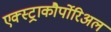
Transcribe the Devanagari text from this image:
एक्स्ट्राकौर्पोरिअल